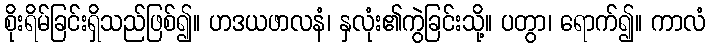
စိုးရိမ်ခြင်းရှိသည်ဖြစ်၍။ ဟဒယဖာလနံ၊ နှလုံး၏ကွဲခြင်းသို့။ ပတွာ၊ ရောက်၍။ ကာလံ